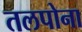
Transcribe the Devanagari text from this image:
तलपोना